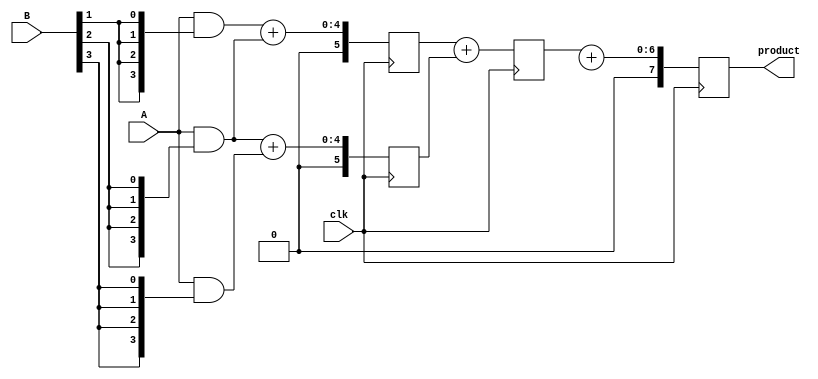
module wallace_tree_multiplier #(parameter N = 4) (
    input wire clk,
    input wire [N-1:0] A,
    input wire [N-1:0] B,
    output reg [2*N-1:0] product
);

    // Partial Products Generation
    wire [N-1:0] pp [N-1:0]; // Partial products array
    genvar i, j;
    generate
        for (i = 0; i < N; i = i + 1) begin : pp_gen
            assign pp[i] = A & {N{B[i]}}; // ANDing A with each bit of B
        end
    endgenerate

    // Wallace Tree Reduction
    reg [N+1:0] level1 [0:N-1]; // First level (up to N-1 outputs)
    reg [N+1:0] level2 [0:N/2];  // Second level (up to N/2 outputs)
    reg [N+1:0] level3;           // Final sum
    reg [N+1:0] carry;

    // First Level Reduction
    integer k;
    always @(posedge clk) begin
        for (k = 0; k < N; k = k + 1) begin
            if (k % 2 == 0 && k + 1 < N) begin
                {carry, level1[k/2]} = pp[k] + pp[k + 1]; // Half-adder
            end
            else if (k + 1 < N) begin
                {carry, level1[k/2]} = pp[k] + {1'b0, pp[k + 1]}; // Full-adder
            end
        end
    end

    // Second Level Reduction
    always @(posedge clk) begin
        for (k = 0; k < (N+1)/2; k = k + 1) begin
            if (k % 2 == 0 && k + 1 < (N+1)/2) begin
                {carry, level2[k/2]} = level1[k] + level1[k + 1]; // Half-adder
            end
            else if (k + 1 < (N+1)/2) begin
                {carry, level2[k/2]} = level1[k] + {1'b0, level1[k + 1]}; // Full-adder
            end
        end
    end

    // Final Addition
    always @(posedge clk) begin
        // Assuming level2 has been reduced to 2 outputs
        product <= level2[0] + level2[1]; // Final product
    end

endmodule